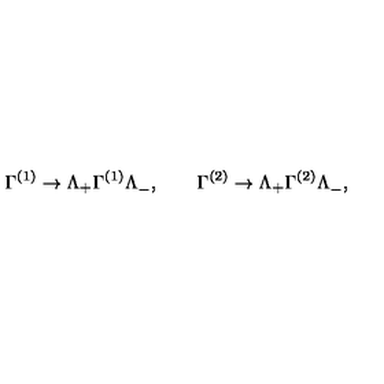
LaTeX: \Gamma ^ { ( 1 ) } \to \Lambda _ { + } \Gamma ^ { ( 1 ) } \Lambda _ { - } ^ { } , \qquad \Gamma ^ { ( 2 ) } \to \Lambda _ { + } \Gamma ^ { ( 2 ) } \Lambda _ { - } ^ { } ,